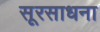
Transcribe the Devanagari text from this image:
सूरसाधना